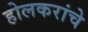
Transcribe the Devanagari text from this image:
होलकरांचे